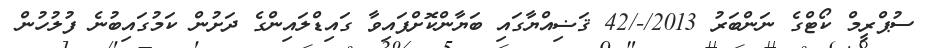
ސުޕްރީމް ކޯޓްގެ ނަންބަރު 2013/-/42 ޤަޟިއްޔާގައި ބަޔާންކޮށްފައިވާ ގައިޑްލައިންގެ ދަށުން ކަމުގައިބުނެ ފުލުހުން